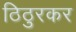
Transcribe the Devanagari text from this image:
ठिठुरकर